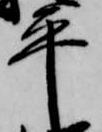
平